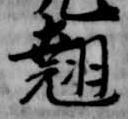
翹